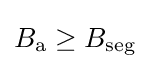
B_{\textrm {a}}\geq B_{\textrm {seg}}